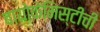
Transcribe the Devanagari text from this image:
बायोकेमिस्टीची